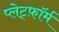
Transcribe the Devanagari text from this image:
प्लेट्फ़ॉर्म